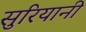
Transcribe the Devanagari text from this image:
सुरियानी